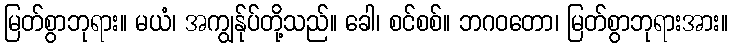
မြတ်စွာဘုရား။ မယံ၊ အကျွန်ုပ်တို့သည်။ ခေါ၊ စင်စစ်။ ဘဂဝတော၊ မြတ်စွာဘုရားအား။